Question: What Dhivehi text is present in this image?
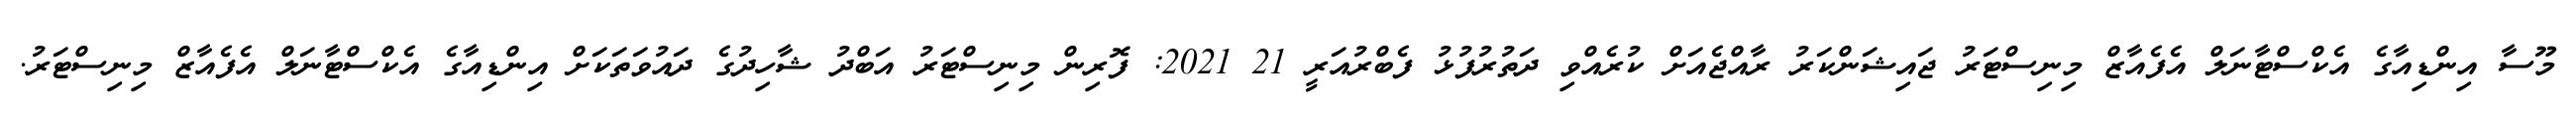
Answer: މޫސާ އިންޑިއާގެ އެކްސްޓާނަލް އެފެއާޒް މިނިސްޓަރު ޖައިޝަންކަރު ރާއްޖެއަށް ކުރެއްވި ދަތުރުފުޅު ފެބްރުއަރީ 21 2021: ފޮރިން މިނިސްޓަރު އަބްދު ޝާހިދުގެ ދައުވަތަކަށް އިންޑިއާގެ އެކްސްޓާނަލް އެފެއާޒް މިނިސްޓަރު.